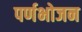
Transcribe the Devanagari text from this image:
पर्णभोजन